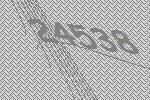
24538